Annual administration and progress report of the Indian Medical Department, Bombay
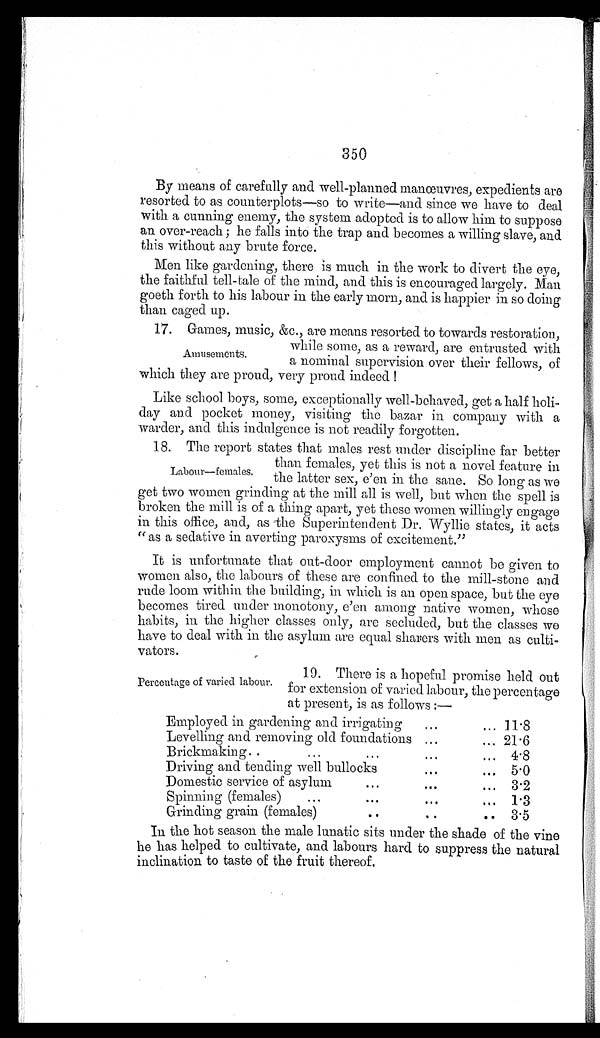
350
By means of carefully and well-planned manœuvres, expedients are
resorted to as counterplots—so to write—and since we have to deal
with a cunning enemy, the system adopted is to allow him to suppose
an over-reach; he falls into the trap and becomes a willing slave, and
this without any brute force.
Men like gardening, there is much in the work to divert the eye,
the faithful tell-tale of the mind, and this is encouraged largely. Man
goeth forth to his labour in the early morn, and is happier in so doing
than caged up.
17. Games, music, &c., are means resorted to towards restoration.
Amusements.
while some, as a reward, are entrusted with
a nominal supervision over their fellows, of
which they are proud, very proud indeed !
Like school boys, some, exceptionally well-behaved, get a half holi-
day and pocket money, visiting the bazar in company with a
warder, and this indulgence is not readily forgotten.
18. The report states that males rest under discipline far better
Labour—females.
than females, yet this is not a novel feature in
the latter sex, e'en in the sane. So long as we
get two women grinding at the mill all is well, but when the spell is
broken the mill is of a thing apart, yet these women willingly engage
in this office, and, as the Superintendent Dr. Wyllie states, it acts
"as a sedative in averting paroxysms of excitement."
It is unfortunate that out-door employment cannot be given to
women also, the labours of these are confined to the mill-stone and
rude loom within the building, in which is an open space, but the eye
becomes tired under monotony, e'en among native women, whose
habits, in the higher classes only, are secluded, but the classes we
have to deal with in the asylum are equal sharers with men as culti-
vators.
Percentage of varied labour.
19. There is a hopeful promise held out
for extension of varied labour, the percentage
at present, is as follows :—
Employed in gardening and irrigating
. . .
... 11.8
Levelling and removing old foundations .. .
... 21.6
...
Brickmaking ..
...
.
... 4 . 8
Driving and tending well bullocks...
... 5 . 0
Domestic service of asylum
• • •
..
•
3.2
Spinning (females)
• • •
...
...
1.3
Grinding grain (females)
• •
• .
. •
3.5
In the hot season the male lunatic sits under the shade of the vine
he has helped to cultivate, and labours hard to suppress the natural
inclination to taste of the fruit thereof,